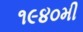
૧૯૪૦મી